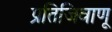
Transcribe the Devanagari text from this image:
प्रतिजिवाणू